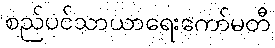
စည်ပင်သာယာရေးကော်မတီ